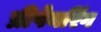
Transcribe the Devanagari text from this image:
प्रीपेयरिंग